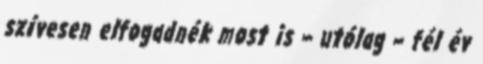
szívesen elfogadnék most is – utólag – fél év